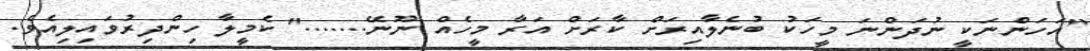
"އަހަންނަކީ ނުދަންނަ މީހަކު ބުނެލާއިރަށް ކާރަށް އަރާ މީހެއް ނޫނޭ......." ކެމީލާ ހިންދިރުވައިލިއެވެ.